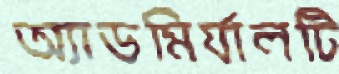
অ্যাডমির্যালটি